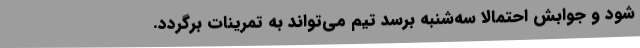
شود و جوابش احتمالاً سه‌شنبه برسد تیم می‌تواند به تمرینات برگردد.